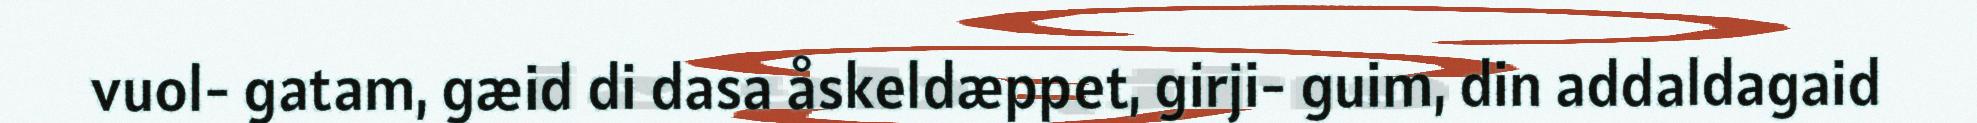
vuol- gatam, gæid di dasa åskeldæppet, girji- guim, din addaldagaid